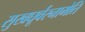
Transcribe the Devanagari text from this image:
सुखघूर्वरनामेति